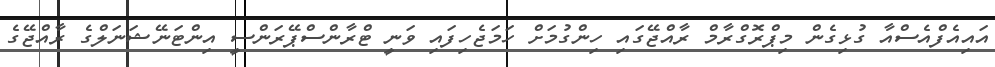
އައިއެފްއެސްއާ ގުޅިގެން މިޕްރޮގްރާމް ރާއްޖޭގައި ހިންގުމަށް ހަމަޖެހިފައި ވަނީ ޓްރާންސްޕޭރަންސީ އިންޓަނޭޝަނަލްގެ ރާއްޖޭގެ